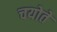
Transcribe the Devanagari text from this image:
चयोते